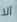
ألا